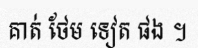
គាត់ ថែម ទៀត ផង ។